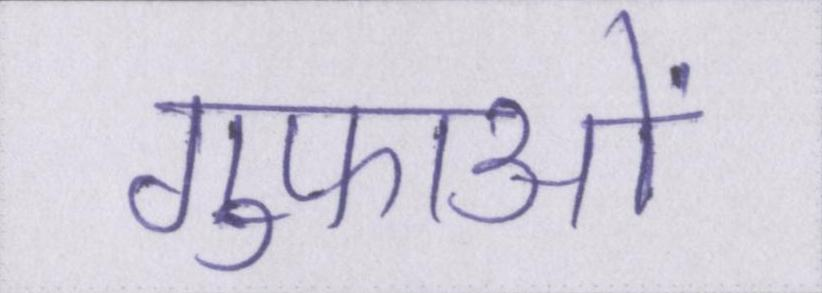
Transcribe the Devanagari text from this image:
गुफाओं